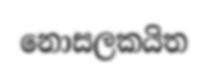
නොසලකයිත